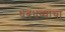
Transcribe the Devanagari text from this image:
धबधब्याचा